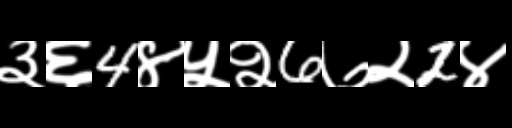
Text: ३६4४५२6७२2४